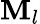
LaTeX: \mathbf{M}_{l}